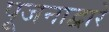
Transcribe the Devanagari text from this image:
पूजनाद्वारे